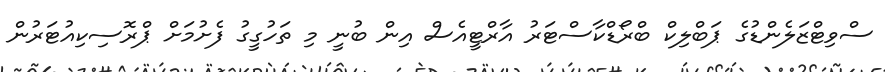
ސްވިޓްޒަލެންޑުގެ ޕަބްލިކް ބްރޯޑްކާސްޓަރު އާރްޓީއެސް އިން ބުނީ މި ތަހުގީގު ފެށުމަށް ޕްރޮސިކިއުޓަރުން